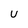
Character: U